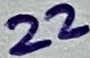
Text: 22